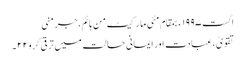
اگست ١٩٩٧ء بمقام مئی مارکیٹ من ہائم، جرمنی
تقویٰ ، عبادت اور ایمانی حالت میں ترقی کرو ٢٢۔